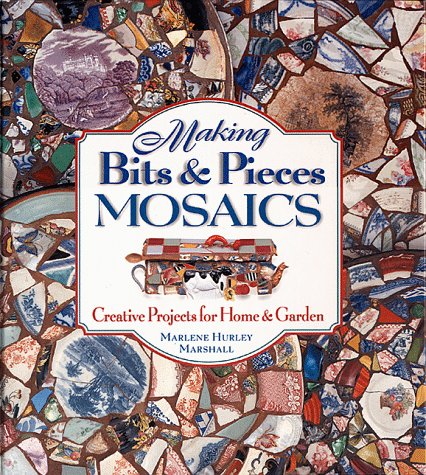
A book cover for Making Bits and Pieces Mosaics: Creative Projects for Home & Garden; Marlene Hurley Marshall; Crafts, Hobbies & Home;